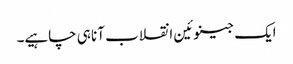
ایک جینوئین انقلاب آنا ہی چاہیے۔